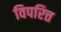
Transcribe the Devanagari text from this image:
विपरित्त